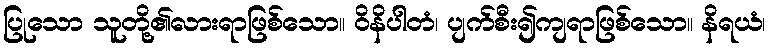
ပြုသော သူတို့၏လားရာဖြစ်သော။ ဝိနိပါတံ၊ ပျက်စီး၍ကျရာဖြစ်သော။ နိရယံ၊